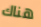
هناك